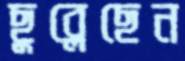
ছুব্‌লেছেন